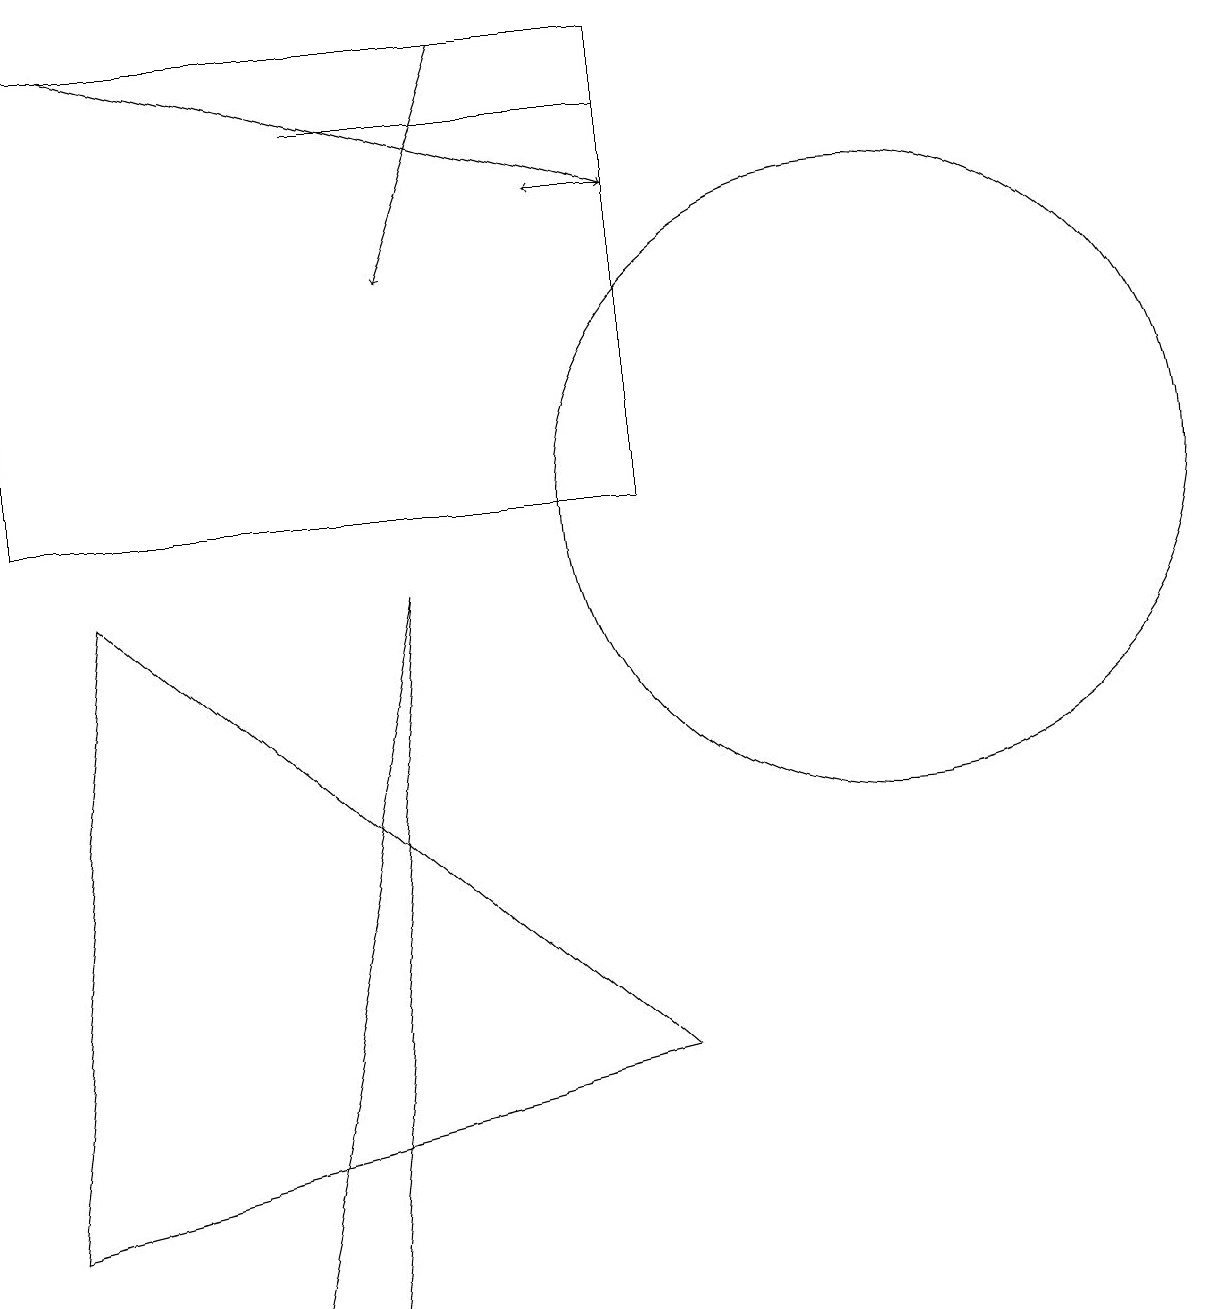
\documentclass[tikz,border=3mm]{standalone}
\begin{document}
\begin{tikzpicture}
\draw (8,15) rectangle (4,15);
\draw (4,0) -- (5,9) -- (3,0) -- cycle;
\draw[->] (6,16) -- (5,13);
\draw (1,9) -- (8,3) -- (0,1) -- cycle;
\draw (11,10) circle (4);
\draw[->] (8,14) -- (7,14);
\draw (0,16) rectangle (8,10);
\draw[->] (1,16) -- (8,14);
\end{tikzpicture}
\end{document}